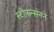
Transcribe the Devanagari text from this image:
स्टीफन्सनने